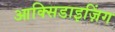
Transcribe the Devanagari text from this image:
आक्सिडाइज़िंग